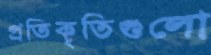
প্রতিকৃতিগুলো